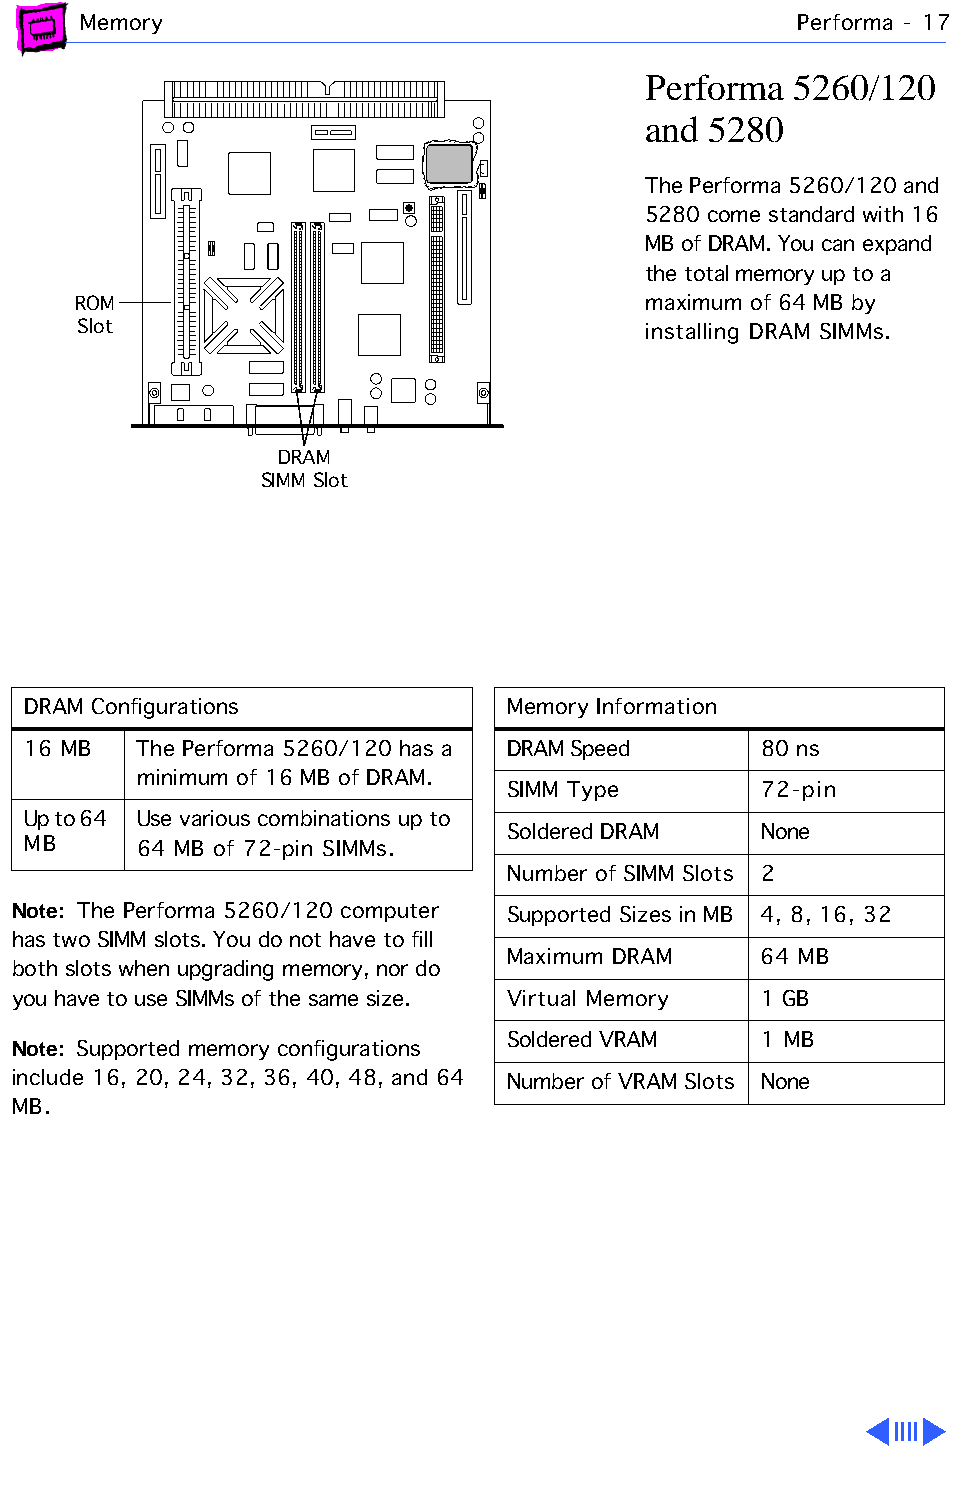
Memory                                         Performa - 17
 Performa  5260/120
 and 5280
 The Performa 5260/120 and
 5280 come standard with 16
 MB of DRAM. You can expand
 the total memory up to a
 ROM                                   maximum of 64 MB by
 Slot                                 installing DRAM SIMMs.
 DRAM
 SIMM Slot
 DRAM Configurations             Memory Information
 16 MB   The Performa 5260/120 has a DRAM Speed   80 ns
 minimum of 16 MB of DRAM.
 SIMM Type        72-pin
 Up to 64 Use various combinations up to
 Soldered DRAM    None
 MB      64 MB of 72-pin SIMMs.
 Number of SIMM Slots 2
 Note: The Performa 5260/120 computer Supported Sizes in MB 4, 8, 16, 32
 has two SIMM slots. You do not have to fill
 Maximum DRAM     64 MB
 both slots when upgrading memory, nor do
 you have to use SIMMs of the same size. Virtual Memory 1 GB
 Note: Supported memory configurations Soldered VRAM 1 MB
 include 16, 20, 24, 32, 36, 40, 48, and 64 Number of VRAM Slots None
 MB.